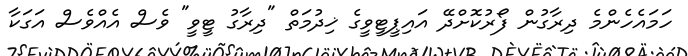
ހަމައެހެންމެ ދިރާގުން ފޯރުކޮށްދޭ އައިޕީޓީވީގެ ޚިދުމަތް "ދިރާގު ޓީވީ" ވެސް އެއްވެސް އަގަކާ